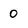
Character: 0